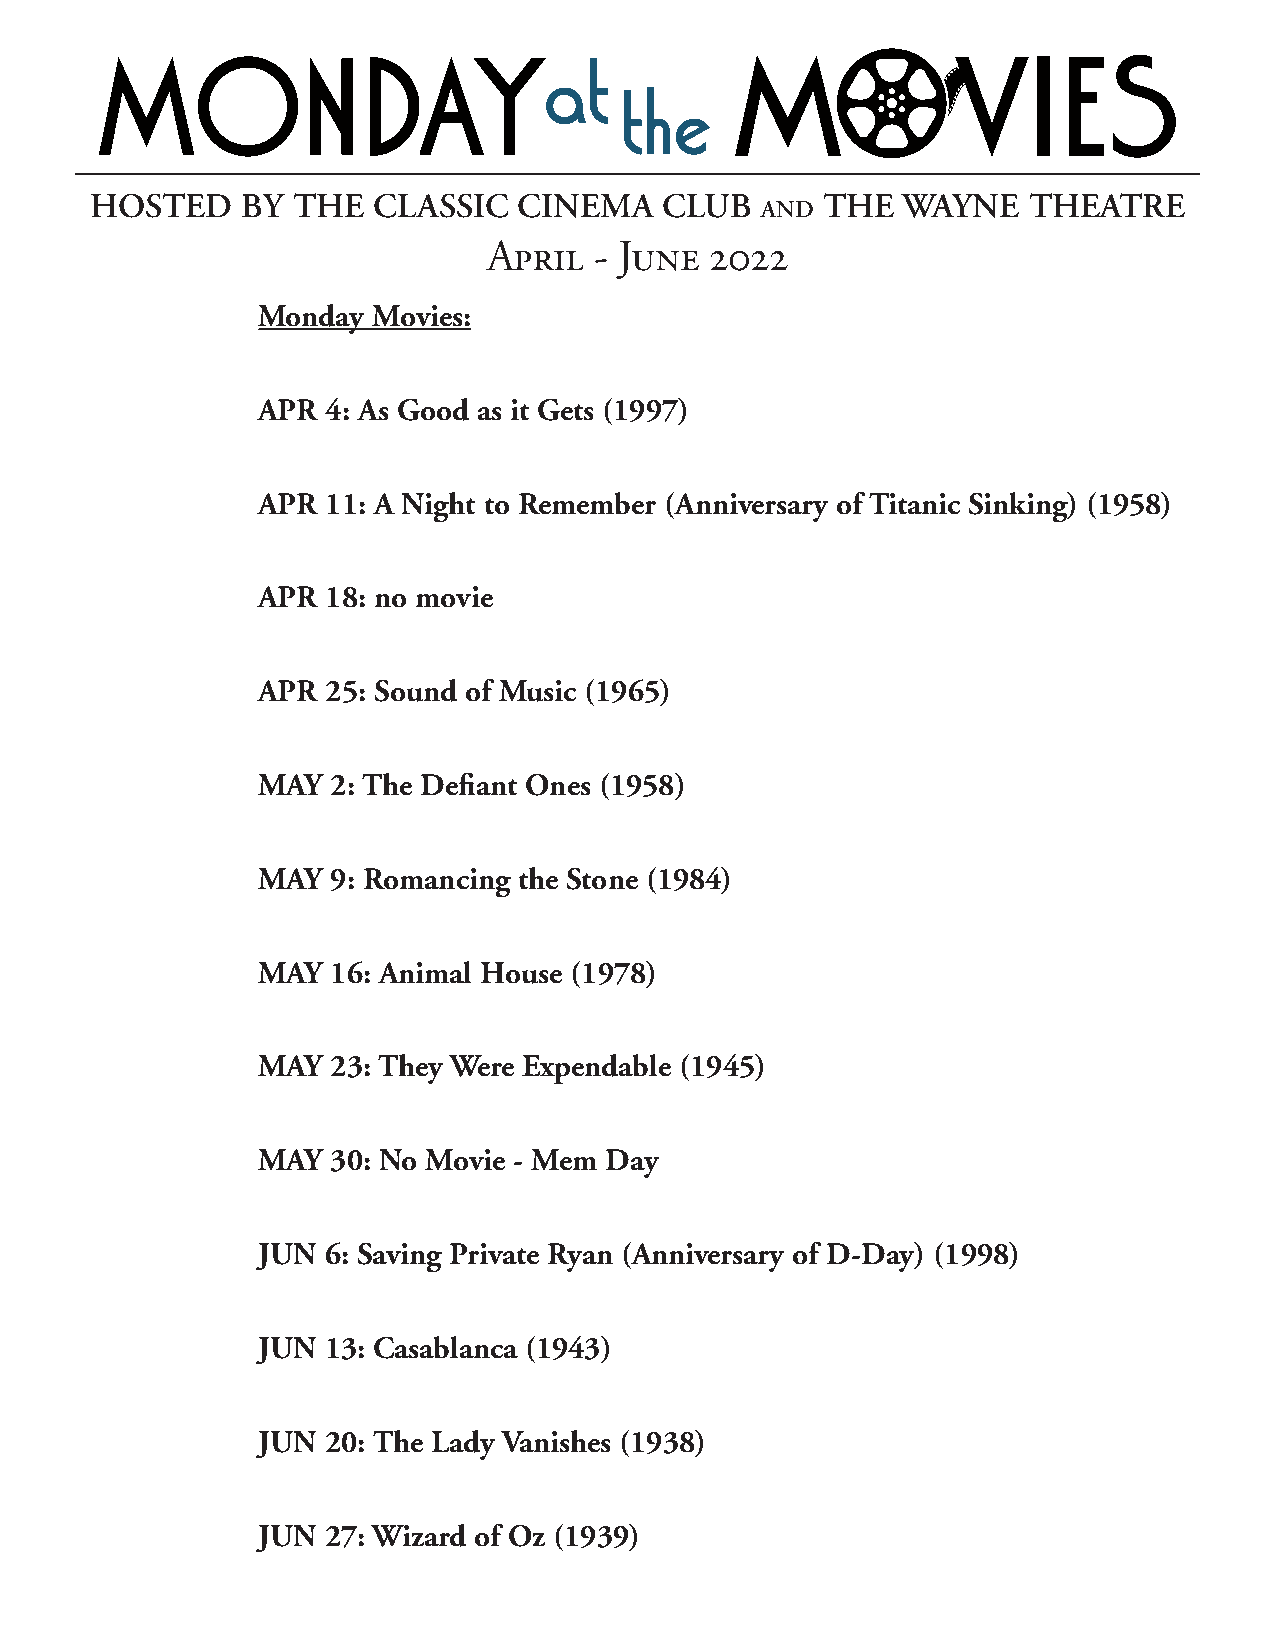
HOSTED    BY THE   CLASSIC  CINEMA    CLUB       THE  WAYNE   THEATRE
 AND
 April  - June  2022
 Monday  Movies:
 APR  4: As Good as it Gets (1997)
 APR  11: A Night to Remember (Anniversary of Titanic Sinking) (1958)
 APR  18: no movie
 APR  25: Sound of Music (1965)
 MAY  2: The Defiant Ones (1958)
 MAY  9: Romancing the Stone (1984)
 MAY  16: Animal House (1978)
 MAY  23: They Were Expendable (1945)
 MAY  30: No Movie - Mem Day
 JUN  6: Saving Private Ryan (Anniversary of D-Day) (1998)
 JUN  13: Casablanca (1943)
 JUN  20: The Lady Vanishes (1938)
 JUN  27: Wizard of Oz (1939)